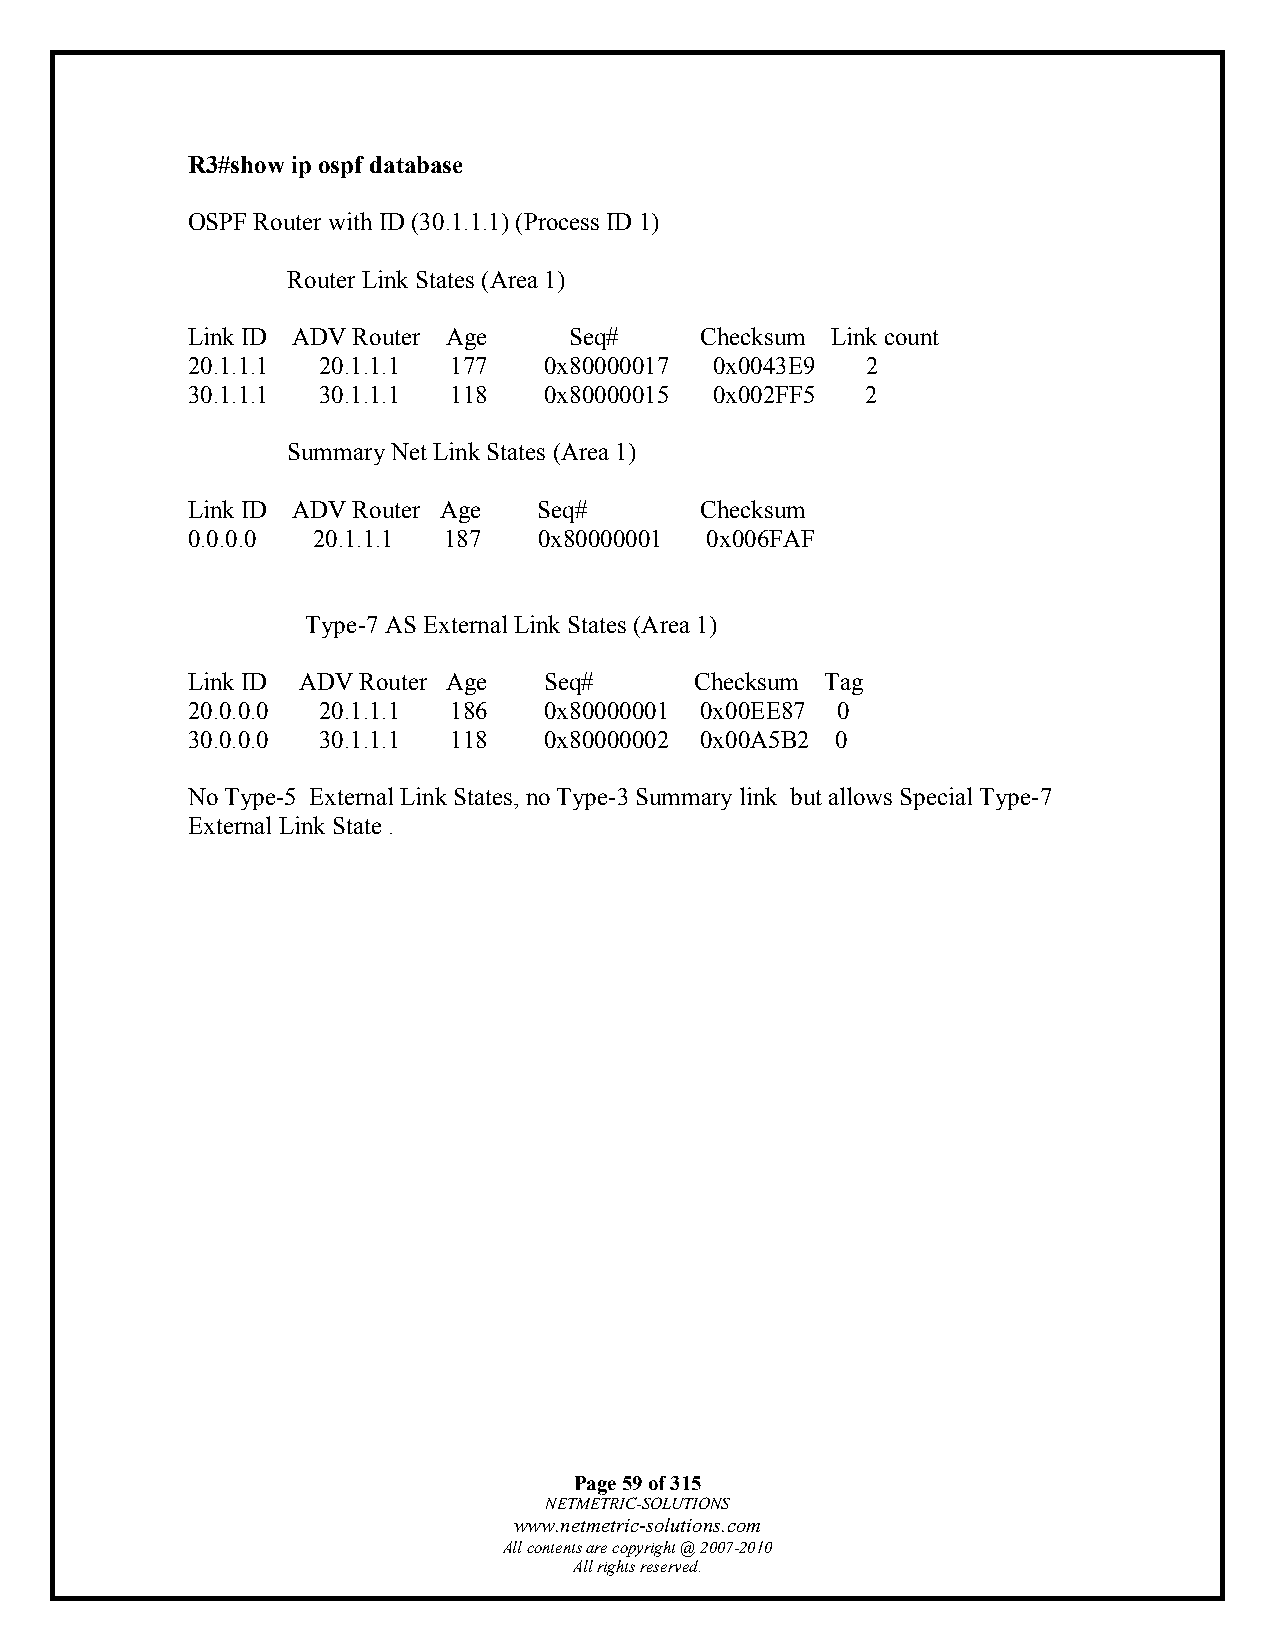
R3#show ip ospf database
 OSPF Router with ID (30.1.1.1) (Process ID 1)
 Router Link States (Area 1)
 Link ID ADV Router Age    Seq#    Checksum Link count
 20.1.1.1 20.1.1.1 177   0x80000017 0x0043E9  2
 30.1.1.1 30.1.1.1 118   0x80000015 0x002FF5  2
 Summary Net Link States (Area 1)
 Link ID ADV Router Age  Seq#      Checksum
 0.0.0.0  20.1.1.1 187   0x80000001 0x006FAF
 Type-7 AS External Link States (Area 1)
 Link ID ADV Router Age  Seq#      Checksum Tag
 20.0.0.0 20.1.1.1 186   0x80000001 0x00EE87 0
 30.0.0.0 30.1.1.1 118   0x80000002 0x00A5B2 0
 No Type-5 External Link States, no Type-3 Summary link but allows Special Type-7
 External Link State .
 Page 59 of 315
 NETMETRIC-SOLUTIONS
 www.netmetric-solutions.com
 All contents are copyright @ 2007-2010
 All rights reserved.